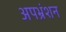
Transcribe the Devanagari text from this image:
अपभ्रंशन